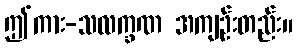
ဤကား-သလက္ခဏ အကျဉ်းတည်း။